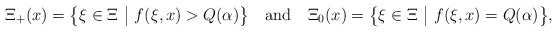
\begin{align*}\Xi_+(x) = \big\{\xi\in \Xi~\big|~f(\xi,x)>Q(\alpha)\big\} ~~\mbox{ and } ~~\Xi_0(x) = \big\{\xi\in \Xi~\big|~f(\xi,x)=Q(\alpha)\big\},\end{align*}